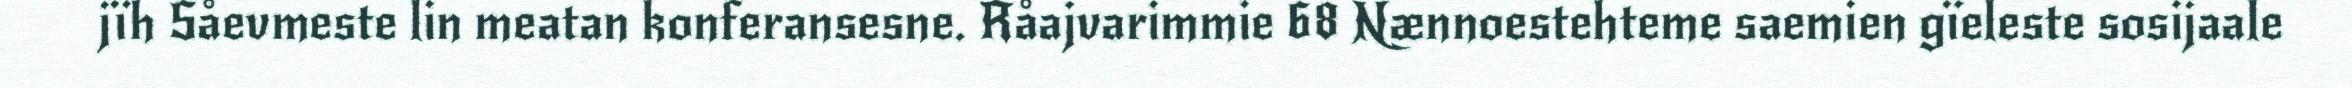
jïh Såevmeste lin meatan konferansesne. Råajvarimmie 68 Nænnoestehteme saemien gïeleste sosijaale